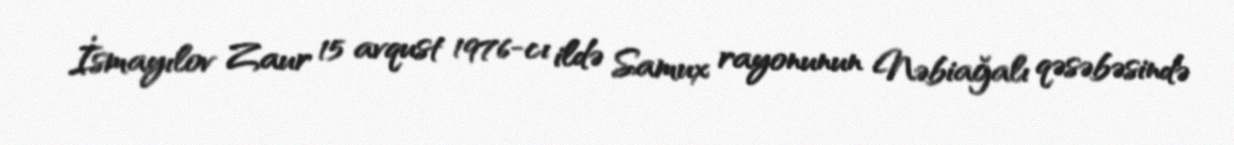
İsmayılov Zaur 15 avqust 1976-cı ildə Samux rayonunun Nəbiağalı qəsəbəsində